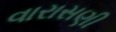
વારાસણી